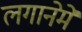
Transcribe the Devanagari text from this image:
लगानेमें